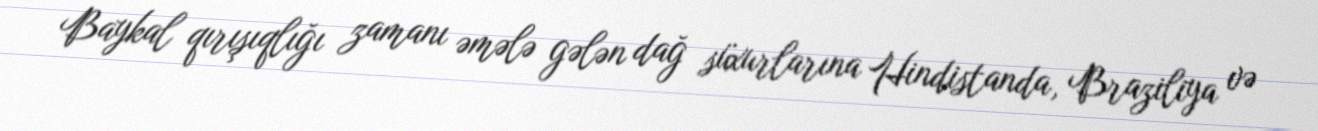
Baykal qırışıqlığı zamanı əmələ gələn dağ süxurlarına Hindistanda, Braziliya və